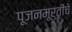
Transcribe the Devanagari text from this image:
पूजनमूर्तीचे